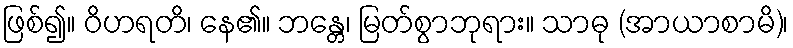
ဖြစ်၍။ ဝိဟရတိ၊ နေ၏။ ဘန္တေ၊ မြတ်စွာဘုရား။ သာဓု (အာယာစာမိ)၊